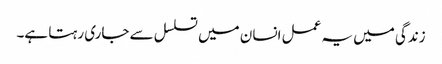
زندگی میں یہ عمل انسان میں تسلسل سے جاری رہتا ہے۔